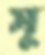
সু